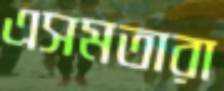
এসমতারা